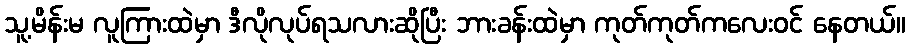
သူ့မိန်းမ လူကြားထဲမှာ ဒီလိုလုပ်ရသလားဆိုပြီး ဘားခန်းထဲမှာ ကုတ်ကုတ်ကလေးဝင် နေတယ်။